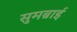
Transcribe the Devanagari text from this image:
सुमब्राई